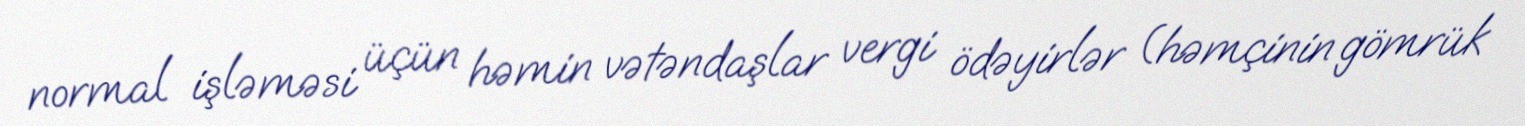
normal işləməsi üçün həmin vətəndaşlar vergi ödəyirlər (həmçinin gömrük